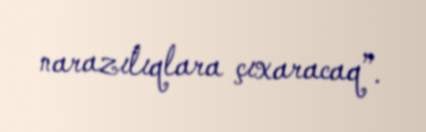
narazılıqlara çıxaracaq”.